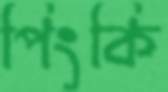
পিংকি